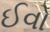
ઈવો